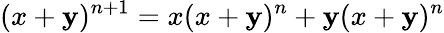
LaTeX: (x+\mathbf{y})^{n+1}=x(x+\mathbf{y})^{n}+\mathbf{y}(x+\mathbf{y})^{n}